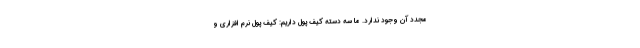
مجدد آن وجود ندارد. ما سه دسته کیف پول داریم: کیف پول نرم افزاری و